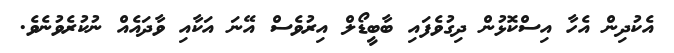
އެކުދިން އެހާ އިސްކޮޅުން ދިގުވެފައި ބާބީޑޯލް އިރުވެސް އޭނަ އަކާއި ވާދައެއް ނުކުރެވުނެވެ.